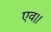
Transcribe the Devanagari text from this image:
एव।।